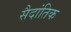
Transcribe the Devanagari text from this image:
सैदांतिक